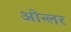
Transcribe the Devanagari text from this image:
ओन्लर